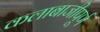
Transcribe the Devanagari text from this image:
कलाबाजीपूर्ण